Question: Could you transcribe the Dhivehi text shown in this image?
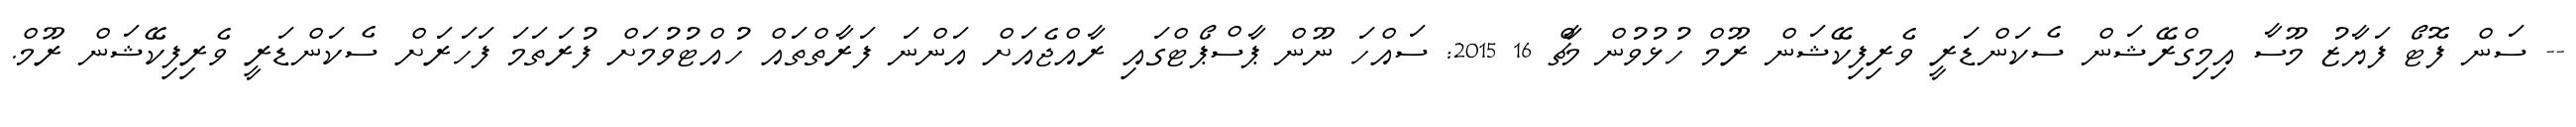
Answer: -- ސަން ފޮޓޯ ފަޔާޒު މޫސާ އިމިގްރޭޝަން ސެކަންޑަރީ ވެރިފިކޭޝަން ރޫމް ހުޅުވުން މާޗް 16 2015: ސައްހަ ނޫން ޕާސްޕޯޓްގައި ރާއްޖެއަށް އަންނަ ފަރާތްތައް ހުއްޓުވުމަށް ފުރަތަމަ ފަހަރަށް ސެކަންޑަރީ ވެރިފިކޭޝަން ރޫމް.